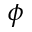
\phi